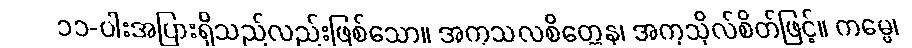
၁၁-ပါးအပြားရှိသည်လည်းဖြစ်သော။ အကုသလစိတ္တေန၊ အကုသိုလ်စိတ်ဖြင့်။ ကမ္မေ၊